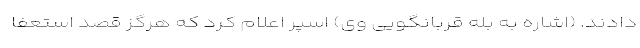
دادند. (اشاره به بله قربانگویی وی) اسپر اعلام کرد که هرگز قصد استعفا